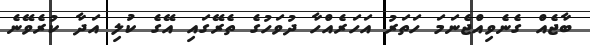
ބާޖެއް ގެނެވިއްޖެނަމަ ހަތަރު އަހަރެއްހާ ދުވަހުގެ ތެރޭގައި އޭގެ ކުލި އަދާ ކުރެވޭނެ